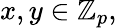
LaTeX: x,y\in\mathbb{Z}_{p},